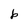
Character: b